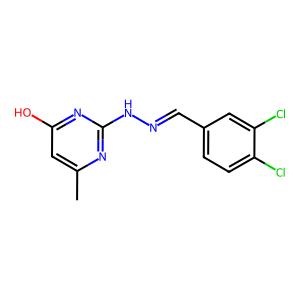
SMILES: Cc1cc(O)nc(NN=Cc2ccc(Cl)c(Cl)c2)n1
Inhibits HIV replication: No